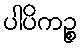
ပါပိကဉ္စ